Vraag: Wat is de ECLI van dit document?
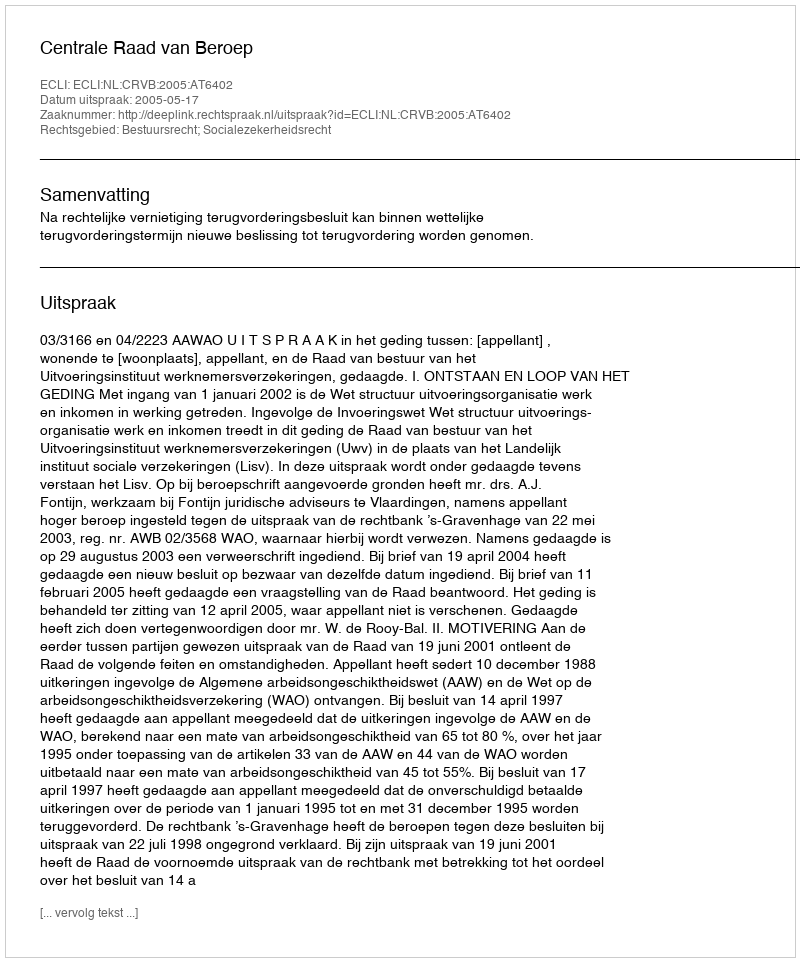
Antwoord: ECLI:NL:CRVB:2005:AT6402